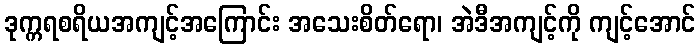
ဒုက္ကရစရိယအကျင့်အကြောင်း အသေးစိတ်ရော၊ အဲဒီအကျင့်ကို ကျင့်အောင်